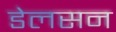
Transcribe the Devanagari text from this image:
डेलसन